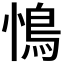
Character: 𮬩